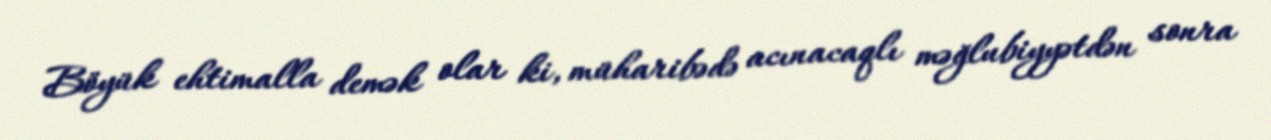
Böyük ehtimalla demək olar ki, müharibədə acınacaqlı məğlubiyyətdən sonra